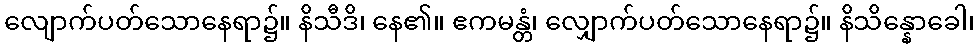
လျောက်ပတ်သောနေရာ၌။ နိသီဒိ၊ နေ၏။ ဧကမန္တံ၊ လျှောက်ပတ်သောနေရာ၌။ နိသိန္နောခေါ၊